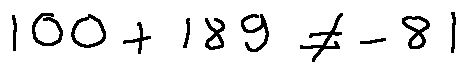
1 0 0 + 1 8 9 \neq - 8 1